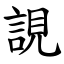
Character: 誢